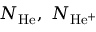
N _ { \mathrm { H e } } , ~ N _ { \mathrm { H e ^ { + } } }